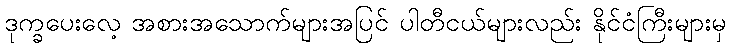
ဒုက္ခပေးလေ့ အစားအသောက်များအပြင် ပါတီငယ်များလည်း နိုင်ငံကြီးများမှ